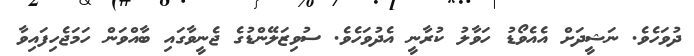
ދުވަހެވެ. ނަޝީދަށް އެއެވޯޑު ހަވާލު ކުރާނީ އެދުވަހެވެ. ސުވިޒަލޭންޑުގެ ޖެނީވާގައި ބާއްވަން ހަމަޖެހިފައިވާ